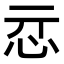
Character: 𢗏